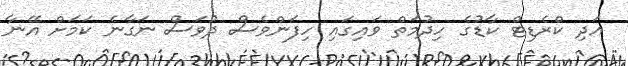
އަދި ކްރެޑިޓް ކާޑުގެ ހިދުމަތް ވައިގައި ހިފަންވެސް ދުވަސް ނަގާނެ ކަމަށް އޭނާ